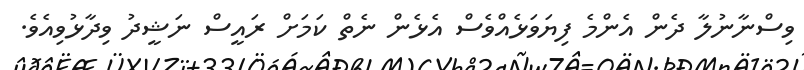
ވިސްނާނުލާ ދެން އެންމެ ފިޔަވަޅެއްވެސް އެޅެން ނެތް ކަމަށް ރައީސް ނަޝީދު ވިދާޅުވިއެވެ.